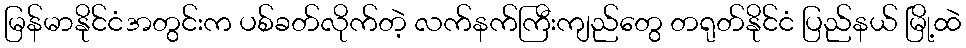
မြန်မာနိုင်ငံအတွင်းက ပစ်ခတ်လိုက်တဲ့ လက်နက်ကြီးကျည်တွေ တရုတ်နိုင်ငံ ပြည်နယ် မြို့ထဲ